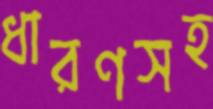
ধারণসহ